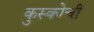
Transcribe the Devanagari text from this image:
कुस्कोची